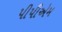
પીપીએમ